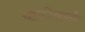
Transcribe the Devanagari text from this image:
चोळीसाठी